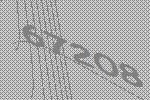
67208